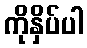
ကိုနှိပ်ပါ